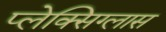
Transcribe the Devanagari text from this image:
प्लेक्सिग्लास